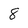
Character: 8